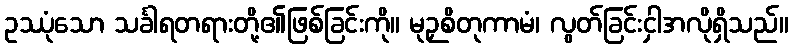
ဥဿုံသော သင်္ခါရတရားတို့၏ဖြစ်ခြင်းကို။ မုဉှစိတုကာမံ၊ လွတ်ခြင်းငှါအလိုရှိသည်။